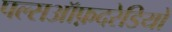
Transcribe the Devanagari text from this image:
पल्सऑफ़दरेडियो